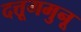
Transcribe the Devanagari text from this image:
दत्तूगमुनू